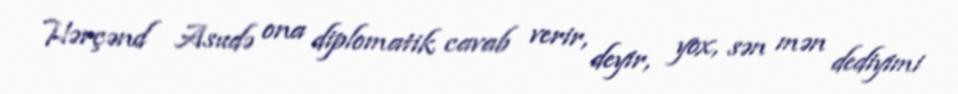
Hərçənd Asudə ona diplomatik cavab verir, deyir, yox, sən mən dediyimi